Civil Veterinary Department Bihar & Orissa reports 1929-36 - 1929-1936
Year: 1929
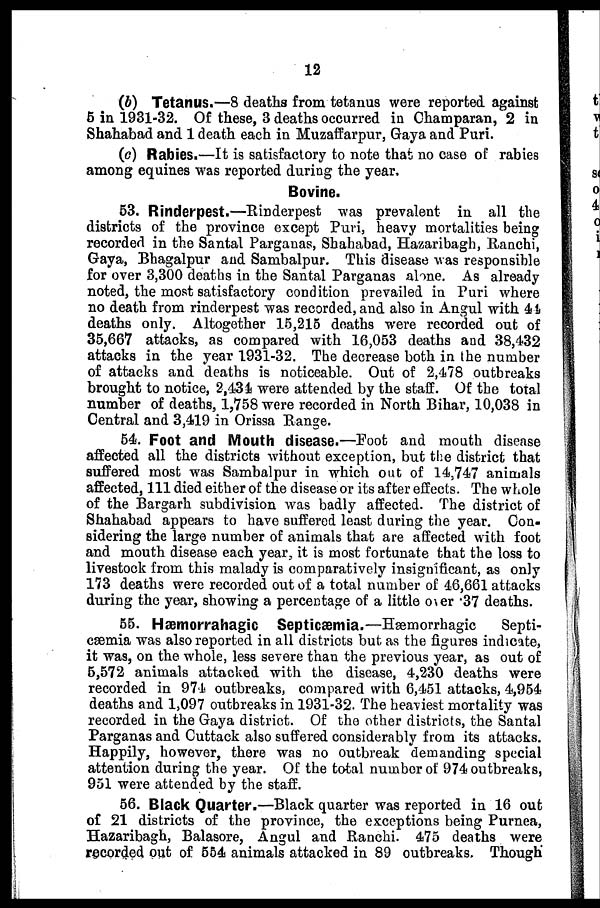
12
(b) Tetanus.—8 deaths from tetanus were reported against
5 in 1931-32. Of these, 3 deaths occurred in Champaran, 2 in
Shahabad and 1 death each in Muzaffarpur, Gaya and Puri.
(c) Rabies.—It is satisfactory to note that no case of rabies
among equines was reported during the year.
Bovine.
53. Rinderpest.—Rinderpest was prevalent in all the
districts of the province except Puri, heavy mortalities being
recorded in the Santal Parganas, Shahabad, Hazaribagh, Ranchi,
Gaya, Bhagalpur and Sambalpur. This disease was responsible
for over 3,300 deaths in the Santal Parganas alone. As already
noted, the most satisfactory condition prevailed in Puri where
no death from rinderpest was recorded, and also in Angul with 44
deaths only. Altogether 15,215 deaths were recorded out of
35,667 attacks, as compared with 16,053 deaths and 38,432
attacks in the year 1931-32. The decrease both in the number
of attacks and deaths is noticeable. Out of 2,478 outbreaks
brought to notice, 2,434 were attended by the staff. Of the total
number of deaths, 1,758 were recorded in North Bihar, 10,038 in
Central and 3,419 in Orissa Range.
54. Foot and Mouth disease.—Foot and mouth disease
affected all the districts without exception, but the district that
suffered most was Sambalpur in which out of 14,747 animals
affected, 111 died either of the disease or its after effects. The whole
of the Bargarh subdivision was badly affected. The district of
Shahabad appears to have suffered least during the year. Con-
sidering the large number of animals that are affected with foot
and mouth disease each year, it is most fortunate that the loss to
livestock from this malady is comparatively insignificant, as only
173 deaths were recorded out of a total number of 46,661 attacks
during the year, showing a percentage of a little over 37 deaths.
55. Hæmorrahagic Septicæmia.—Hæmorrhagic
Septi-
cæmia was also reported in all districts but as the figures indicate,
it was, on the whole, less severe than the previous year, as out of
5,572 animals attacked with the disease, 4,230 deaths were
recorded in 974 outbreaks, compared with 6,451 attacks, 4,954
deaths and 1,097 outbreaks in 1931-32. The heaviest mortality was
recorded in the Gaya district. Of the other districts, the Santal
Parganas and Cuttack also suffered considerably from its attacks.
Happily, however, there was no outbreak demanding special
attention during the year. Of the total number of 974 outbreaks,
951 were attended by the staff.
56. Black Quarter.—Black quarter was reported in 16 out
of 21 districts of the province, the exceptions being Purnea,
Hazaribagh, Balasore, Angul and Ranchi. 475 deaths were
recorded out of 554 animals attacked in 89 outbreaks. Though*